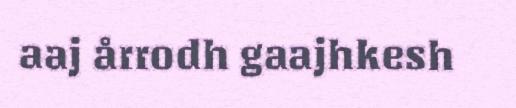
aaj årrodh gaajhkesh